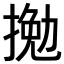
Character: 𢱍